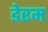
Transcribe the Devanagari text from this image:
डेरम